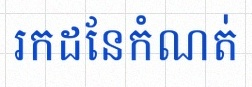
រកដែនកំណត់